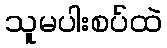
သူမပါးစပ်ထဲ